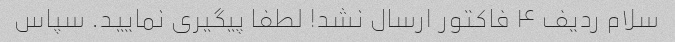
سلام ردیف ۴ فاکتور ارسال نشد! لطفا پیگیری نمایید. سپاس